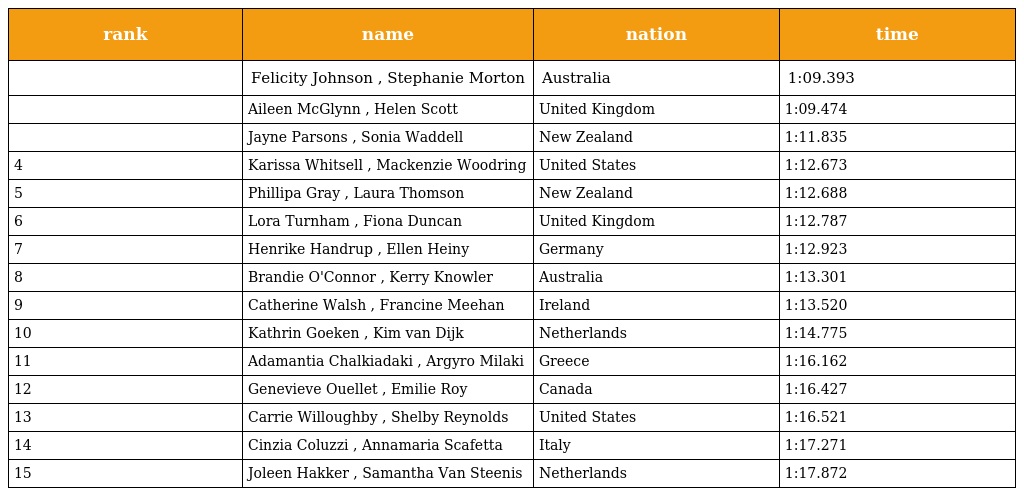
| rank | name | nation | time |
 | --- | --- | --- | --- |
 |  | Felicity Johnson , Stephanie Morton | Australia | 1:09.393 |
 |  | Aileen McGlynn , Helen Scott | United Kingdom | 1:09.474 |
 |  | Jayne Parsons , Sonia Waddell | New Zealand | 1:11.835 |
 | 4 | Karissa Whitsell , Mackenzie Woodring | United States | 1:12.673 |
 | 5 | Phillipa Gray , Laura Thomson | New Zealand | 1:12.688 |
 | 6 | Lora Turnham , Fiona Duncan | United Kingdom | 1:12.787 |
 | 7 | Henrike Handrup , Ellen Heiny | Germany | 1:12.923 |
 | 8 | Brandie O'Connor , Kerry Knowler | Australia | 1:13.301 |
 | 9 | Catherine Walsh , Francine Meehan | Ireland | 1:13.520 |
 | 10 | Kathrin Goeken , Kim van Dijk | Netherlands | 1:14.775 |
 | 11 | Adamantia Chalkiadaki , Argyro Milaki | Greece | 1:16.162 |
 | 12 | Genevieve Ouellet , Emilie Roy | Canada | 1:16.427 |
 | 13 | Carrie Willoughby , Shelby Reynolds | United States | 1:16.521 |
 | 14 | Cinzia Coluzzi , Annamaria Scafetta | Italy | 1:17.271 |
 | 15 | Joleen Hakker , Samantha Van Steenis | Netherlands | 1:17.872 |